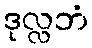
ဒုလ္လဘံ